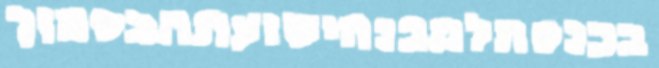
בכנסתלמבנהישועתהבסמוך